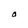
Character: O